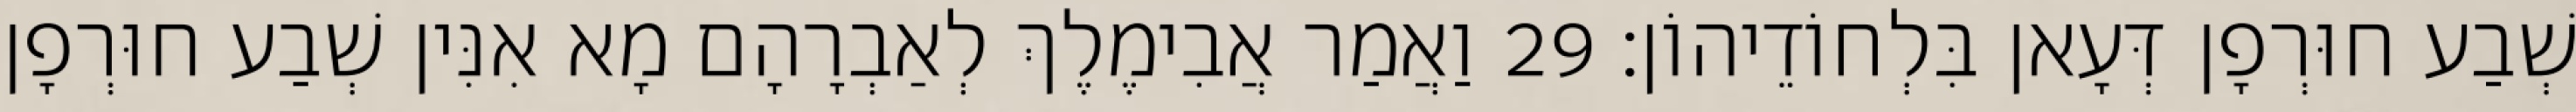
שְׁבַע חוּרְפָן דְּעָאן בִּלְחוֹדֵיהוֹן׃ 29 וַאֲמַר אֲבִימֶלֶךְ לְאַבְרָהָם מָא אִנִּין שְׁבַע חוּרְפָן